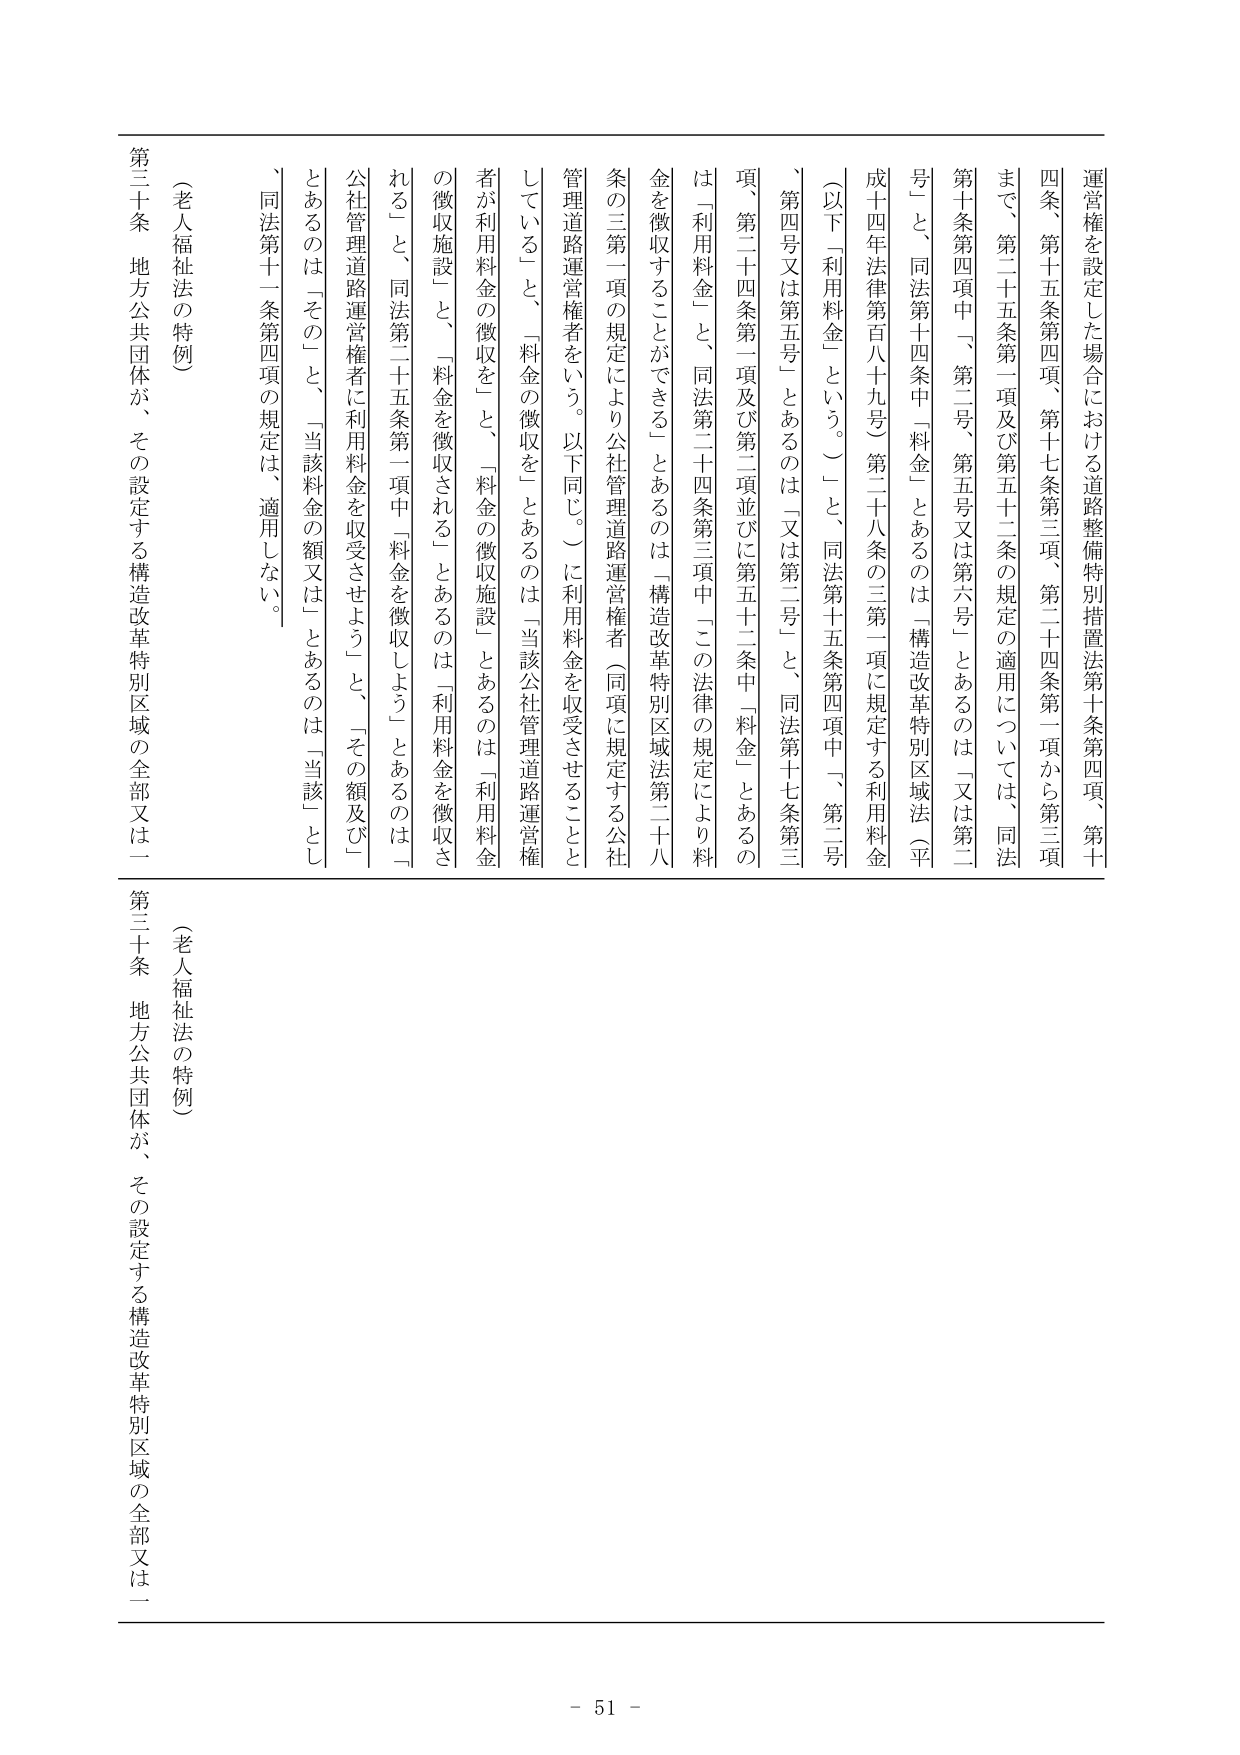
運営権を設定した場合における道路整備特別措置法第十条第四項、第十
四条、第十五条第四項、第十七条第三項、第二十四条第一項から第三項
まで、第二十五条第一項及び第五十二条の規定の適用については、同法
第十条第四項中「第二号、第五号又は第六号」とあるのは「又は第二
号」と、同法第十四条中「料金」とあるのは「構造改革特別区域法（平
成十四年法律第百八十九号）第二十八条の三第一項に規定する利用料金
（以下「利用料金」という。）」と、同法第十五条第四項中「第二号
、第四号又は第五号」とあるのは「又は第二号」と、同法第十七条第三
項、第二十四条第一項及び第二項並びに第五十二条中「料金」とあるの
は「利用料金」と、同法第二十四条第三項中「この法律の規定により料
金を徴収することができる」とあるのは「構造改革特別区域法第二十八
条の三第一項の規定により公社管理道路運営権者（同項に規定する公社
管理道路運営権者をいう。以下同じ。）に利用料金を収受させることと
している」と、「料金の徴収を」とあるのは「当該公社管理道路運営権
者が利用料金の徴収を」と、「料金の徴収施設」とあるのは「利用料金
の徴収施設」と、「料金を徴収される」とあるのは「利用料金を徴収さ
れる」と、同法第二十五条第一項中「料金を徴収しよう」とあるのは「
公社管理道路運営権者に利用料金を収受させよう」と、「その額及び一
とあるのは「その」と、「当該料金の額又は」とあるのは「当該」とし
、同法第十一条第四項の規定は、適用しない。

（老人福祉法の特例）
第三十条 地方公共団体が、その設定する構造改革特別区域の全部又は一

（老人福祉法の特例）
第三十条 地方公共団体が、その設定する構造改革特別区域の全部又は一

- 51 -